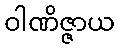
ဝါဏိဇ္ဇာယ